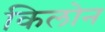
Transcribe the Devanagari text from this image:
किलोन